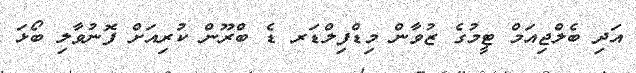
އަދި ބެލްޖިއަމް ޓީމުގެ ޒުވާން މިޑްފިލްޑަރ ޑެ ބްރޫން ކުރިއަށް ފޮނުވާލި ބޯޅަ